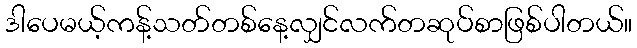
ဒါပေမယ့်ကန့်သတ်တစ်နေ့လျှင်လက်တဆုပ်စာဖြစ်ပါတယ်။